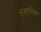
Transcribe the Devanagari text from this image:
सुखाधिक्य